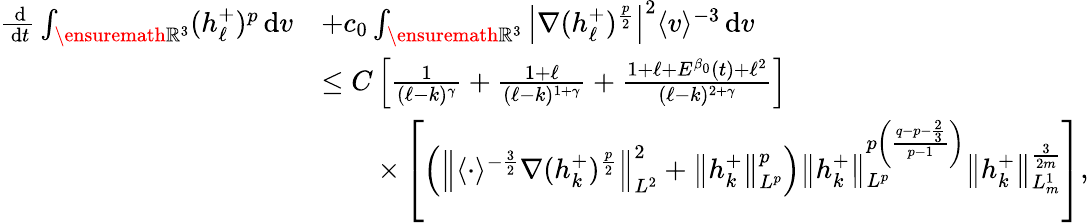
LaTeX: \begin{array}{rl}{\frac{\, \mathrm{d}}{\, \mathrm{d}t}\int_{\ensuremath{{\mathbb R}}^{3}}(h_{\ell}^{+})^{p}\, \mathrm{d}v}&{+c_{0}\int_{\ensuremath{{\mathbb R}}^{3}}\left\vert\nabla(h_{\ell}^{+})^{\frac{p}{2}}\right\vert^{2}\langle v\rangle^{-3}\, \mathrm{d}v}\\ &{\leq C\left[\frac{1}{(\ell-k)^{\gamma}}+\frac{1+\ell}{(\ell-k)^{1+\gamma}}+\frac{1+\ell+E^{\beta_{0}}(t)+\ell^{2}}{(\ell-k)^{2+\gamma}}\right]}\\ &{\qquad\times\left[\left(\left\| \langle\cdot\rangle^{-\frac{3}{2}}\nabla(h_{k}^{+})^{\frac{p}{2}}\right\| _{L^{2}}^{2}+\left\| h_{k}^{+}\right\| _{L^{p}}^{p}\right)\left\| h_{k}^{+}\right\| _{L^{p}}^{p\left(\frac{q-p-\frac{2}{3}}{p-1}\right)}\left\| h_{k}^{+}\right\| _{L_{m}^{1}}^{\frac{3}{2m}}\right],}\end{array}